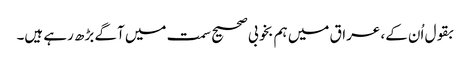
بقول اُن کے، عراق میں ہم بخوبی صحیح سمت میں آگے بڑھ رہے ہیں۔